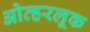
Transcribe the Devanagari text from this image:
ओव्हरलूक